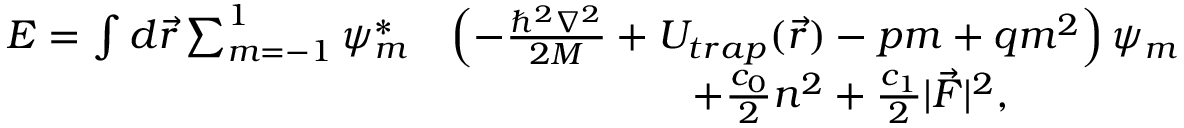
\begin{array} { r l } { E = \int d \vec { r } \sum _ { m = - 1 } ^ { 1 } \psi _ { m } ^ { * } } & { \left( - \frac { \hbar ^ { 2 } \nabla ^ { 2 } } { 2 M } + U _ { t r a p } ( \vec { r } ) - p m + q m ^ { 2 } \right) \psi _ { m } } \\ & { \qquad \qquad \qquad + \frac { c _ { 0 } } { 2 } n ^ { 2 } + \frac { c _ { 1 } } { 2 } | \vec { F } | ^ { 2 } , } \end{array}